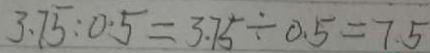
3 . 7 5 : 0 . 5 = 3 . 7 5 \div 0 . 5 = 7 . 5